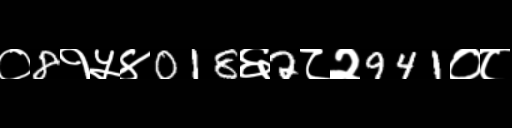
Text: ०8१५४018६2८२941०८